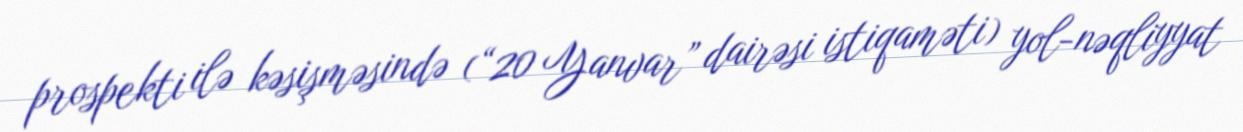
prospekti ilə kəsişməsində (“20 Yanvar” dairəsi istiqaməti) yol-nəqliyyat